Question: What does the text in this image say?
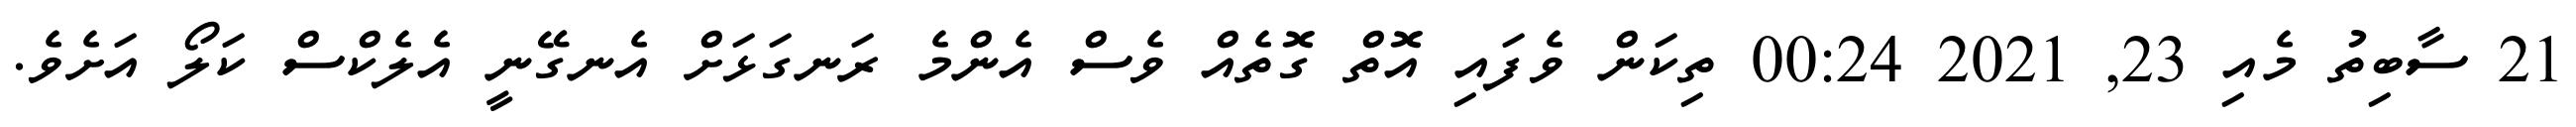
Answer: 21 ސާބިތު މެއި 23, 2021 00:24 ތިކަން ވެފައި އޮތް ގޮތެއް ވެސް އެންމެ ރަނގަޅަށް އެނގޭނީ އެލެކްސް ކަލޯ އަށެވެ.